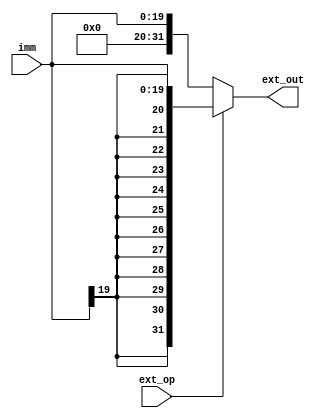
module Ext_unit(
    input wire[19:0]imm,
    input wire ext_op,
    output reg[31:0] ext_out
    );
    always @(*) begin
     if(ext_op)begin
      ext_out = {{12{imm[19]}},{imm[19:0]}};
     end
     else begin
      ext_out = {{12{0}},imm[19:0]};
     end
    end
endmodule